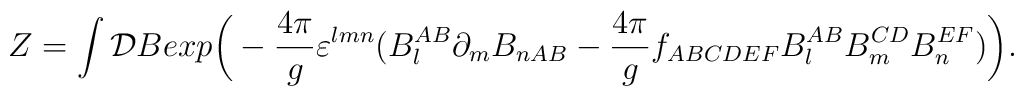
Z=\int {\cal D}Bexp\bigg(-{\frac{4\pi }{g}}\varepsilon^{lmn}(B_{l}^{AB}\partial _{m}B_{nAB}-{\frac{4\pi }{g}}f_{ABCDEF}B_{l}^{AB}B_{m}^{CD}B_{n}^{EF})\bigg).